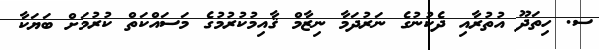
ސ. ހިތަދޫ އުތުރާއި ދެކުނުގެ ނަރުދަމާ ނިޒާމް ޤާއިމުކުރުމުގެ މަސައްކަތް ކުރުމަށް ބަޔަކާ